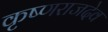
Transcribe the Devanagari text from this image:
कृष्णराजदेव